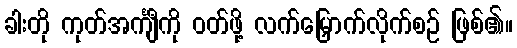
ခါးတို ကုတ်အင်္ကျီကို ဝတ်ဖို့ လက်မြှောက်လိုက်စဉ် ဖြစ်၏။